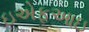
ઇએફઆઇ